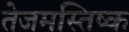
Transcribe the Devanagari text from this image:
तेजमस्तिष्क